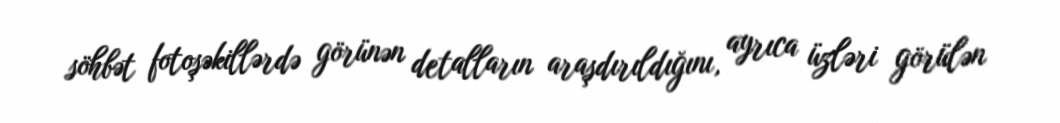
söhbət fotoşəkillərdə görünən detalların araşdırıldığını, ayrıca üzləri görülən